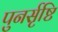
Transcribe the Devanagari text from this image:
पुनर्सृष्टि